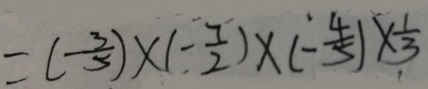
= ( \frac { 3 } { 5 } ) \times ( - \frac { 7 } { 2 } ) \times ( - \frac { 4 } { 5 } ) \times \frac { 1 } { 3 }